Annual report on the health of the army in India
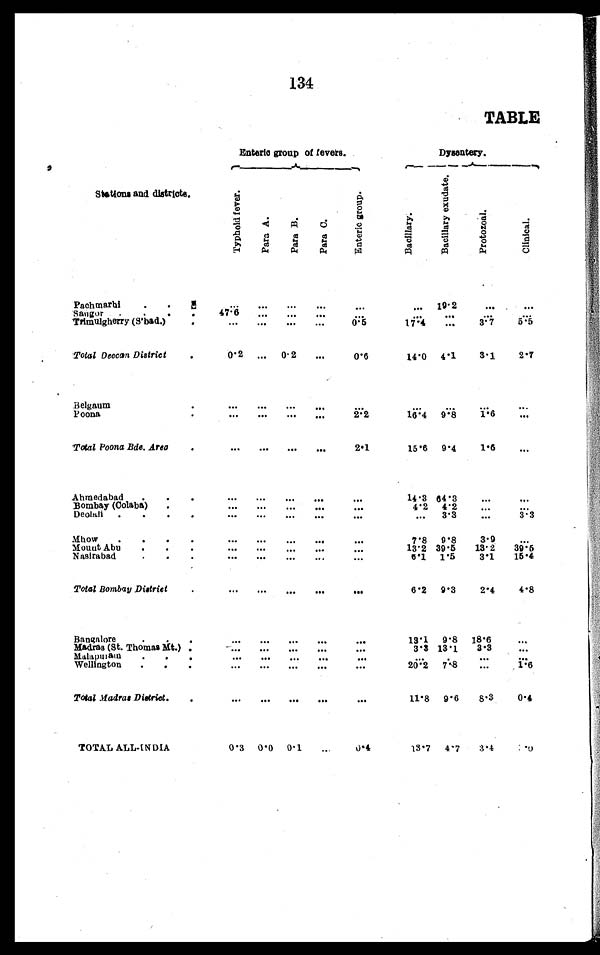
134
TABLE
Enteric group of fevers.
Dysentery.
Stations and districts.
T y p h o i d f e v e r .
P a r a A .
Par t B.
P a r t C .
E n t e r i c g r o u p
.
B a c i l l a r y .
B a c c i l l a r y e x u d a t e .
P r o t o z o a l .
C l i n i c a l .
Pachmarhi . . .
. . .
. . .
. . .
. . .
. . .
. . .
19.2
. . .
. . .
47.6
Sangor . . .
. . .
. . .
. . .
. . .
. . .
. . .
. . .
. . .
Trimulgherry (S'bad.) . . .
3.7
5 . 5
17.4
...
. . .
. . . . . .
0.5
. . .
Total Deccan District . . .
0.2
. . . 0.2
. . .
0.6
1 4 . 0 4.1
3.1
2.7
Belgaum . . .
. . .
. . .
. . . . . .
. . .
. . .
. . .
. . .
. . .
Poona . . .
. . .
. . .
. . .
2.2
9.8
1.6
. . .
16.4
...
Total Poona Bde. Area . . .
. . . . . .
. . . . . .
2.1
15.6
9.4
1.6
. . .
Ahmedabad . . .
. . .
. . .
. . .
. . .
. . .
14.3 64.3
. . .
. . .
Bombay (Colaba) . . .
. . .
. . .
. . .
. . .
. . .
4.2
4.2
. . .
. . .
Deolali. . .
. . .
. . .
. . .
. . .
. . .
. . . 3.3
. . .
3.3
Mhow . . .
. . .
. . .
. . . . . .
. . .
7.8
9.8
3.9
. . .
Mount Abu . . .
. . .
. . .
. . .
. . .
. . .
13.2 39.5
13.2
39. 5
N a s i r a b a d . . .
. . .
1.5
3.1
15.4
. . .
6.1
. . .
. . .
. . .
Total Bombay District . . .
. . . . . .
. . . . . .
. . .
6.2
9.3
2.4
4. 8
Bangalore . . .
. . .
. . .
. . .
. . .
. . .
13.1
9.8
18.6
. . .
Madras (St. Thomas Mt.) . . .
. . .
. . .
. . .
. . .
. . .
3.3 13.1
3.3
. . .
Malapuram . . .
. . .
. . .
. . .
. . .
. . .
. . .
. . .
. . .
. . .
Wellington . . .
. . .
20.2
7.8
. . .
1 . 6
. . .
. . . . . .
. . .
Total Madras District . . .
. . .
. . .
. . .
. . .
. . .
11.8 9.6
8.3
0.4
TOTAL ALL-INDIA
0.3
0.0
0 . 1
. . .
0.4
13.7
4.7
3.4
< i l l e g i b l e > . 0